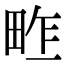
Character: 𤱴